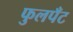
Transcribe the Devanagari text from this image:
फुलपँट